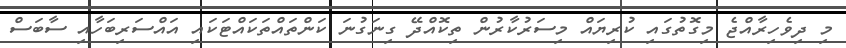
މި ދިވެހިރާއްޖެ މިގޮތުގައި ކުރިޔައް މިސަރުކާރުން ތިކޮއްދޭ ގިނަގުނަ ކަންތައްތަކައްޓަކައި އައްސަރިބަހާއި ސާބަސް